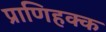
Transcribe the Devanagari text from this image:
प्राणिहक्क